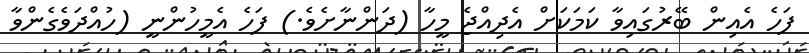
ފަހެ އެއިން ބޭރުގައިވާ ކަމަކަށް އެދިއްޖެ މީހާ (ދަންނާށެވެ.) ފަހެ އެމީހުންނީ (ހުއްދަވެގެންވާ